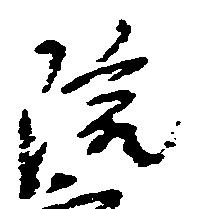
院